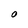
Character: O